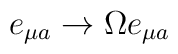
e_{\mu a} \rightarrow \Omega e_{\mu a}